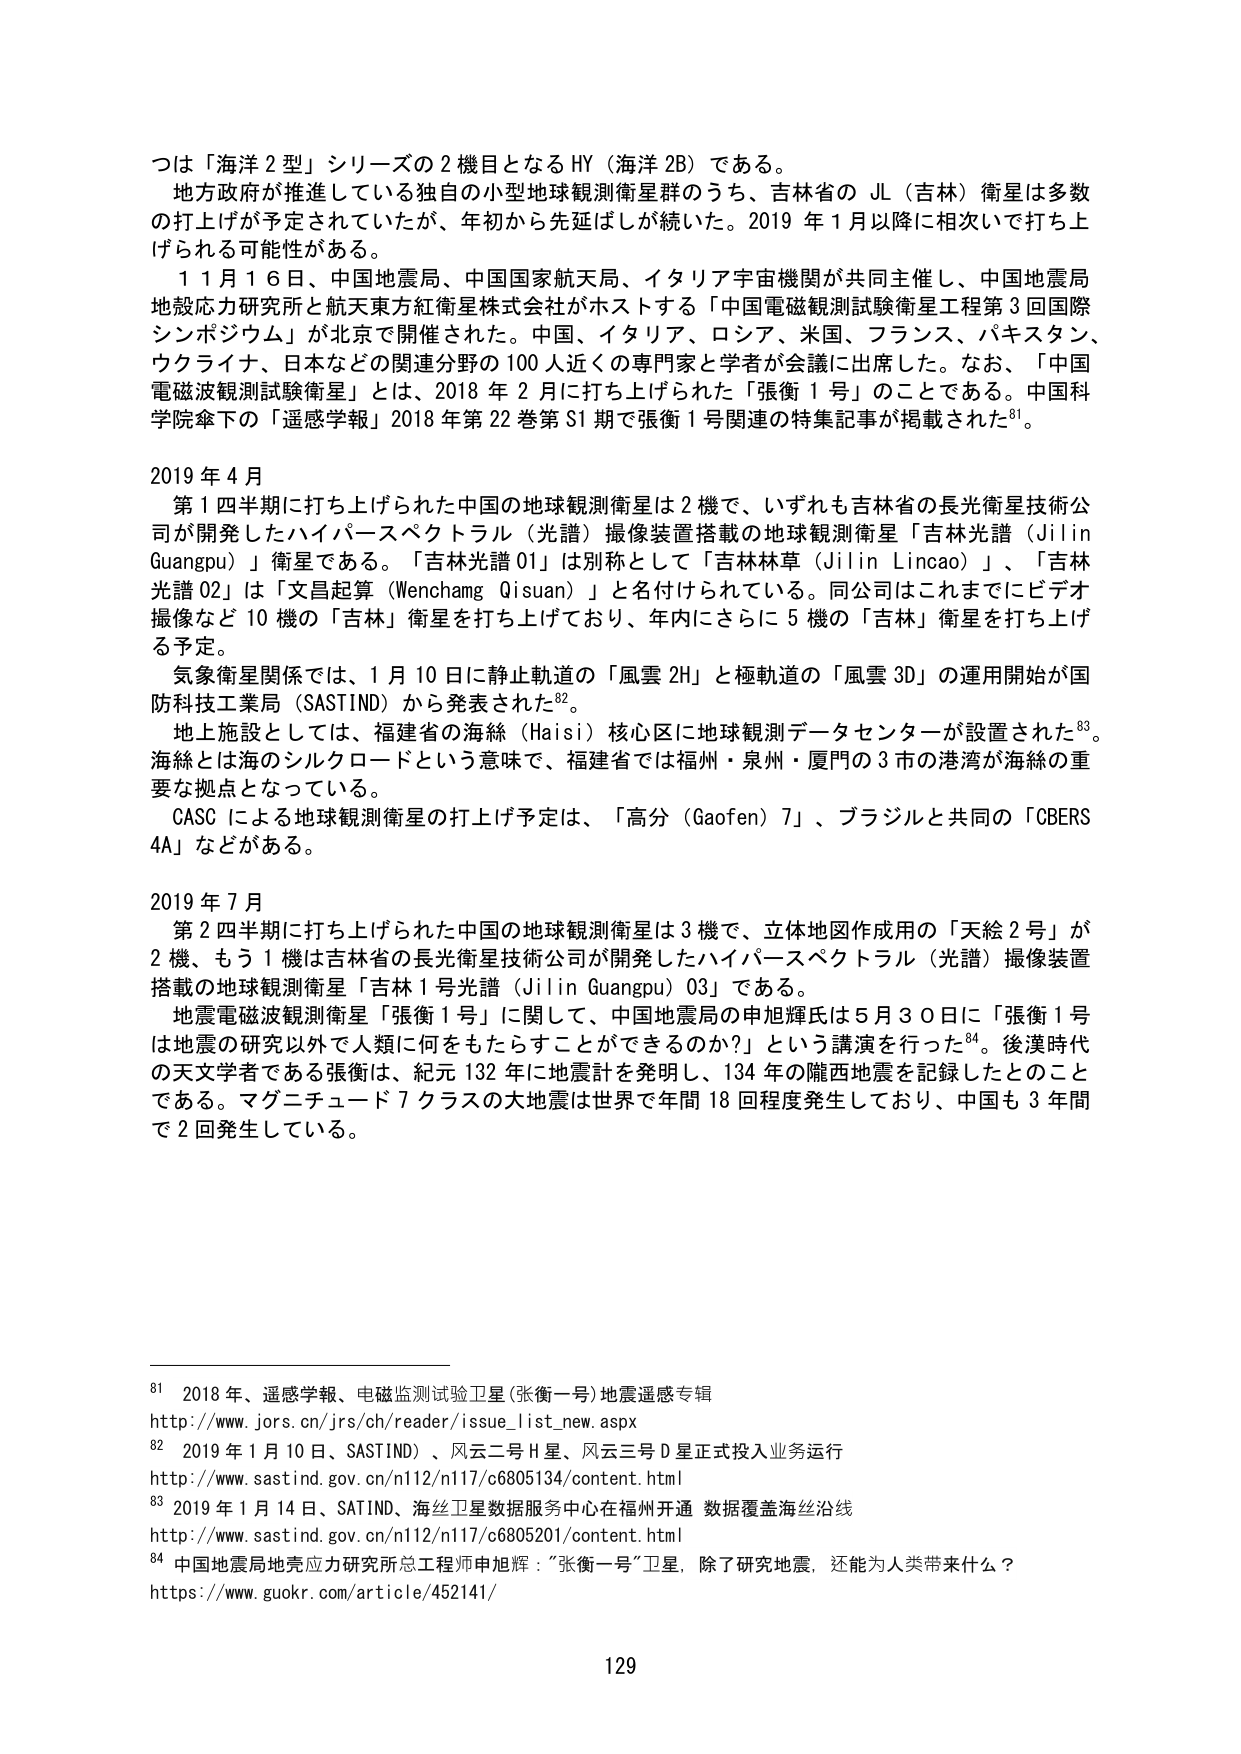
つは「海洋２型」シリーズの２機目となるHY（海洋2B）である。
地方政府が推進している独自の小型地球観測衛星群のうち、吉林省の JL（吉林）衛星は多数の打上げが予定されていたが、年初から先延ばしが続いた。2019年1月以降に相次いで打ち上げられる可能性がある。
11月16日、中国地震局、中国国家航天局、イタリア宇宙機関が共同主催し、中国地震局地殻応力研究所と航天東方紅衛星株式会社がホストする「中国電磁観測試験衛星工程第3回国際シンポジウム」が北京で開催された。中国、イタリア、ロシア、米国、フランス、パキスタン、ウクライナ、日本などの関連分野の100人近くの専門家と学者が会議に出席した。なお、「中国電磁波観測試験衛星」とは、2018年2月に打ち上げられた「張衡1号」のことである。中国科学院傘下の「遥感学報」2018年第22巻第S1期で張衡1号関連の特集記事が掲載された⁸¹。

2019年4月
第1四半期に打ち上げられた中国の地球観測衛星は2機で、いずれも吉林省の長光衛星技術公司が開発したハイパースペクトラル（光譜）撮像装置搭載の地球観測衛星「吉林光譜（Jilin Guangpu）」衛星である。「吉林光譜01」は別称として「吉林林草（Jilin Lincao）」、「吉林光譜02」は「文昌起算（Wenchang Qisuan）」と名付けられている。同公司はこれまでにビデオ撮像など10機の「吉林」衛星を打ち上げており、年内にさらに5機の「吉林」衛星を打ち上げる予定。
気象衛星関係では、1月10日に静止軌道の「風雲2H」と極軌道の「風雲3D」の運用開始が国防科技工業局（SASTIND）から発表された⁸²。
地上施設としては、福建省の海絲（Haisi）核心区に地球観測データセンターが設置された⁸³。海絲とは海のシルクロードという意味で、福建省では福州・泉州・廈門の3市の港湾が海絲の重要な拠点となっている。
CASCによる地球観測衛星の打上げ予定は、「高分（Gaofen）7」、ブラジルと共同の「CBERS 4A」などがある。

2019年7月
第2四半期に打ち上げられた中国の地球観測衛星は3機で、立体地図作成用の「天絵2号」が2機、もう1機は吉林省の長光衛星技術公司が開発したハイパースペクトラル（光譜）撮像装置搭載の地球観測衛星「吉林1号光譜（Jilin Guangpu）03」である。
地震電磁波観測衛星「張衡1号」に関して、中国地震局の申旭輝氏は5月30日に「張衡1号は地震の研究以外で人類に何をもたらすことができるのか？」という講演を行った⁸⁴。後漢時代の天文学者である張衡は、紀元132年に地震計を発明し、134年の隴西地震を記録したとのことである。マグニチュード7クラスの大地震は世界で年間18回程度発生しており、中国も3年間で2回発生している。

⁸¹ 2018年、遥感学報、电磁监测试验卫星(张衡一号)地震遥感专辑
http://www.jors.cn/jrs/ch/reader/issue_list_new.aspx
⁸² 2019年1月10日、SASTIND）、风云二号H星、风云三号D星正式投入业务运行
http://www.sastind.gov.cn/n112/n117/c6805134/content.html
⁸³ 2019年1月14日、SATIND、海丝卫星数据服务中心在福州开通 数据覆盖海丝沿线
http://www.sastind.gov.cn/n112/n117/c6805201/content.html
⁸⁴ 中国地震局地壳应力研究所总工程师申旭辉：“张衡一号”卫星，除了研究地震，还能为人类带来什么？
https://www.guokr.com/article/452141/

129